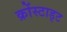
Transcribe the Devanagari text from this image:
क्रोंस्टाड्ट